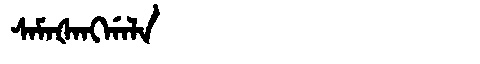
Manchu: ᠰᠠᠮᠠᡧᠠᠩᡤᠠᠯᠠ
Romanization: SAMAŠANGGALA